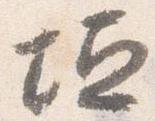
垣